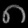
Digit: ၈